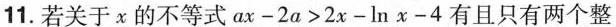
11.若关于x的不等式$$a x - 2 a > 2 x - l n x - 4$$有且只有两个整